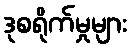
ဒုစရိုက်မှုများ